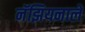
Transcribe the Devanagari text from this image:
नॅझियनाले